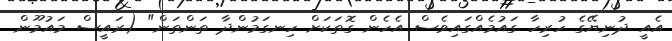
އެއީ ދުނިޔޭގެ ހުރިހާ ގައުމެއްގައިވެސް އެހެން ގޮތަކަށް ހިނގަމުންދާ ތަންތަން" (ރައީސް މައުމޫން